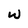
Character: w